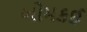
બોમકઈ